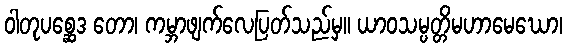
ဝါတုပစ္ဆေဒ တော၊ ကမ္ဘာဖျက်လေပြတ်သည်မှ။ ယာဝသမ္ပတ္တိမဟာမေဃော၊